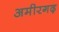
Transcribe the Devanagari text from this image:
अमीरगढ़